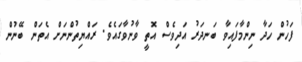
ފަހުން ހަދާ ނިންމާފައިވާ ބަނދަރު އަދިވެސް އޮތީ ވާނުވާގައެވެ. ރައްޔިތުންނަށް އެތަން ބޭނުން